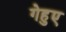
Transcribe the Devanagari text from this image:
गेहुए